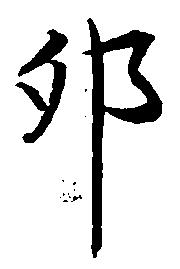
卯